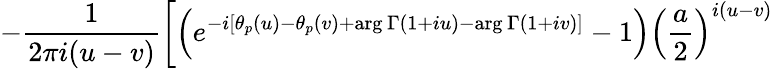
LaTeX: -\frac{1}{2\pi i(u-v)}\left[\left(e^{-i[\theta_{p}(u)-\theta_{p}(v)+\mathrm{arg}\, \Gamma(1+iu)-\mathrm{arg}\, \Gamma(1+iv)]}-1\right){\left(\frac{a}{2}\right)}^{i(u-v)}\right.